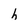
Character: h